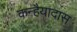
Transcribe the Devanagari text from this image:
कन्हैयादास